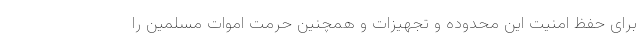
برای حفظ امنیت این محدوده و تجهیزات و همچنین حرمت اموات مسلمین را